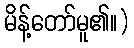
မိန့်တော်မူ၏။)